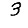
Digit: 3